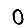
Digit: 0